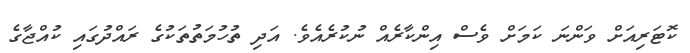
ކޮޓަރިއަށް ވަންނަ ކަމަށް ވެސް އިންކާރެއް ނުކުރެއެވެ. އަދި ތުހުމަތުތަކުގެ ރަައްދުގައި ކުއްޖާގެ